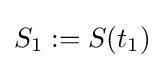
S_{1}:=S(t_{1})